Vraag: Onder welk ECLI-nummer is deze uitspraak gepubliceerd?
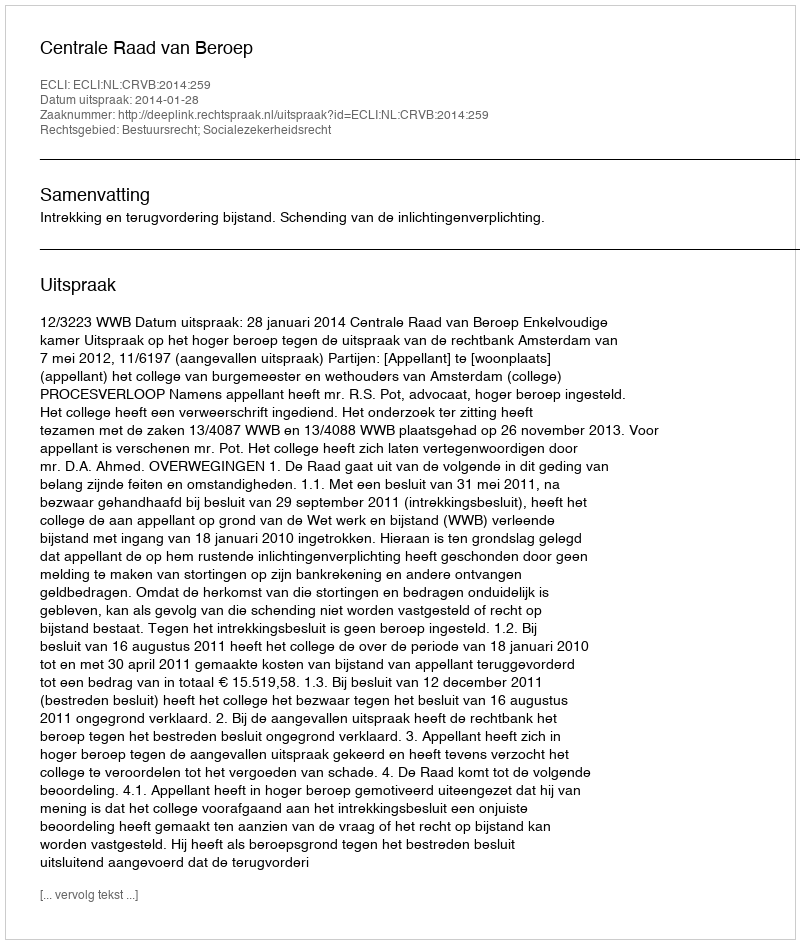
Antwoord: ECLI:NL:CRVB:2014:259